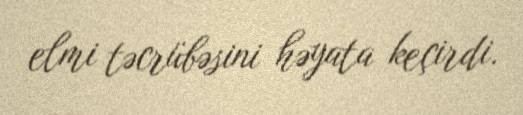
elmi təcrübəsini həyata keçirdi.